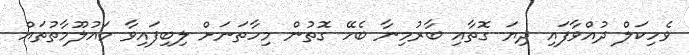
ވެހިކަލް ދުއްވާފައި ދިޔަ ގޮތާއި ބާރުމިނާ ބެހޭ ގޮތުން މިހާތަނަށް ލިބިފައިވާ މައުލޫމާތުތައް